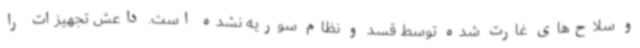
و سلاح‌های غارت شده توسط قسد و نظام سوریه نشده است. داعش تجهیزات را